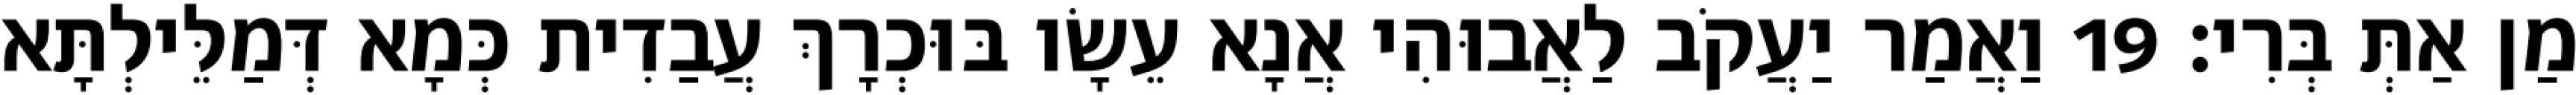
מַן אַתְּ בְּרִי׃ 19 וַאֲמַר יַעֲקֹב לַאֲבוּהִי אֲנָא עֵשָׂו בּוּכְרָךְ עֲבַדִית כְּמָא דְּמַלֵּילְתָּא